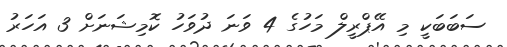
ސަބަބަކީ މި އޭޕްރީލް މަހުގެ 4 ވަނަ ދުވަހު ކޮމިޝަނަށް 3 އަހަރު